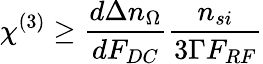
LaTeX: \chi^{(3)}\ge\frac{d\Delta n_{\Omega}}{dF_{DC}}\frac{n_{si}}{3\Gamma F_{RF}}